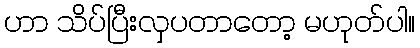
ဟာ သိပ်ပြီးလှပတာတော့ မဟုတ်ပါ။